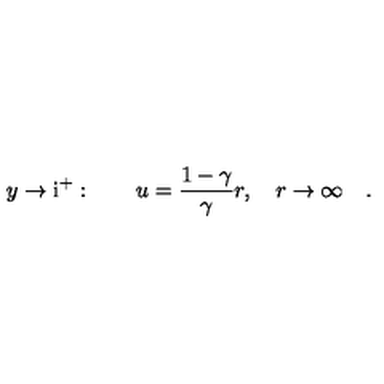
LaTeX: y \to \mathrm { i } ^ { + } : \qquad u = \frac { 1 - \gamma } { \gamma } r , \quad r \to \infty \quad .